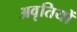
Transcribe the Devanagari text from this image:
अवृतियों